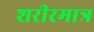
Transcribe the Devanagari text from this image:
शरीरमात्र